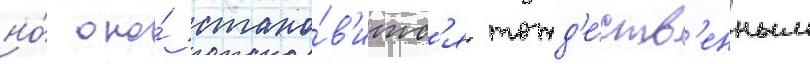
но́ оно́ стано́в'итс'я тожд'е́ств'енным